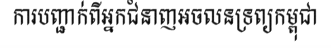
ការបញ្ជាក់ពីអ្នកជំនាញអចលនទ្រព្យកម្ពុជា